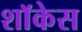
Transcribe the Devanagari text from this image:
शाॅकेस